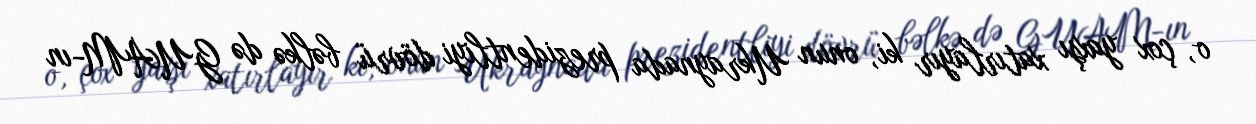
o, çox yaxşı xatırlayır ki, onun Ukraynada prezidentliyi dövrü bəlkə də GUAM-ın